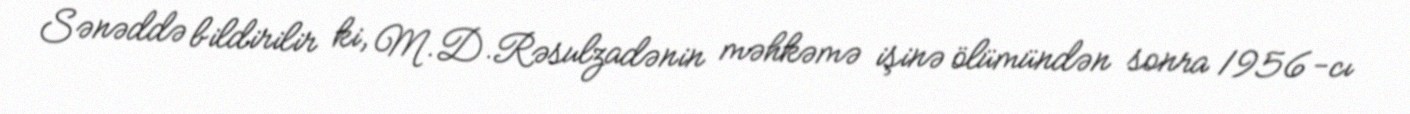
Sənəddə bildirilir ki, M.D.Rəsulzadənin məhkəmə işinə ölümündən sonra 1956-cı